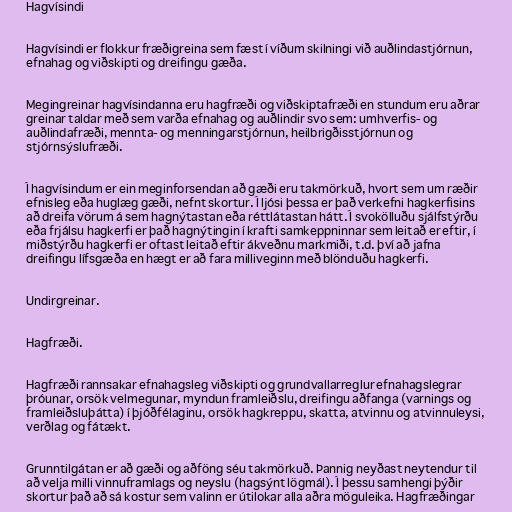
Hagvísindi

Hagvísindi er flokkur fræðigreina sem fæst í víðum skilningi við auðlindastjórnun,
efnahag og viðskipti og dreifingu gæða.

Megingreinar hagvísindanna eru hagfræði og viðskiptafræði en stundum eru aðrar
greinar taldar með sem varða efnahag og auðlindir svo sem: umhverfis- og
auðlindafræði, mennta- og menningarstjórnun, heilbrigðisstjórnun og
stjórnsýslufræði.

Í hagvísindum er ein meginforsendan að gæði eru takmörkuð, hvort sem um ræðir
efnisleg eða huglæg gæði, nefnt skortur. Í ljósi þessa er það verkefni hagkerfisins
að dreifa vörum á sem hagnýtastan eða réttlátastan hátt. Í svokölluðu sjálfstýrðu
eða frjálsu hagkerfi er það hagnýtingin í krafti samkeppninnar sem leitað er eftir, í
miðstýrðu hagkerfi er oftast leitað eftir ákveðnu markmiði, t.d. því að jafna
dreifingu lífsgæða en hægt er að fara milliveginn með blönduðu hagkerfi.

Undirgreinar.

Hagfræði.

Hagfræði rannsakar efnahagsleg viðskipti og grundvallarreglur efnahagslegrar
þróunar, orsök velmegunar, myndun framleiðslu, dreifingu aðfanga (varnings og
framleiðsluþátta) í þjóðfélaginu, orsök hagkreppu, skatta, atvinnu og atvinnuleysi,
verðlag og fátækt.

Grunntilgátan er að gæði og aðföng séu takmörkuð. Þannig neyðast neytendur til
að velja milli vinnuframlags og neyslu (hagsýnt lögmál). Í þessu samhengi þýðir
skortur það að sá kostur sem valinn er útilokar alla aðra möguleika. Hagfræðingar